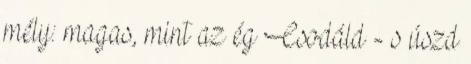
mély: magas, mint az ég Csodáld - s úszd